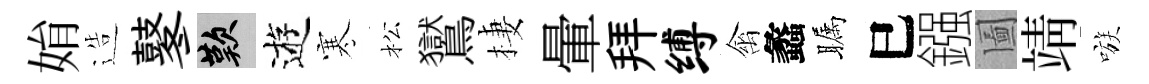
姢造鼕嘆逰寒松鸑棲暈拜缚禽蠡瞩巳鏹圗靖嗾